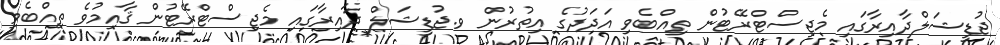
ޖުޑީޝަލްދާއިރާގައި މެޖިސްޓްރޭޓުން ތިއްބެވި އަދަދުގެ އިތުރުން ވ.ޖުޑީޝަލް ދާއިރާގައި މެޖިސްޓްރޭޓުން ޤާއިމުވެ ތިއްބެވި